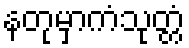
နတုမှာကံသုတ္တံ